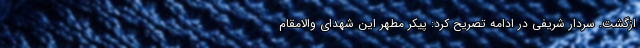
ازگشت. سردار شریفی در ادامه تصریح کرد: پیکر مطهر این شهدای والامقام